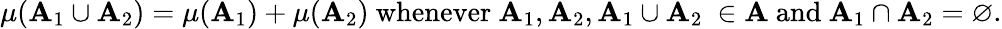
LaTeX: \mu(\mathbf{A}_{1}\cup\mathbf{A}_{2})=\mu(\mathbf{A}_{1})+\mu(\mathbf{A}_{2}){\mathrm{{~whenever~}}}\mathbf{A}_{1},\mathbf{A}_{2},\mathbf{A}_{1}\cup\mathbf{A}_{2}\ \in{\mathcal{{\mathbf{A}}}}{\mathrm{{~and~}}}\mathbf{A}_{1}\cap\mathbf{A}_{2}=\varnothing.